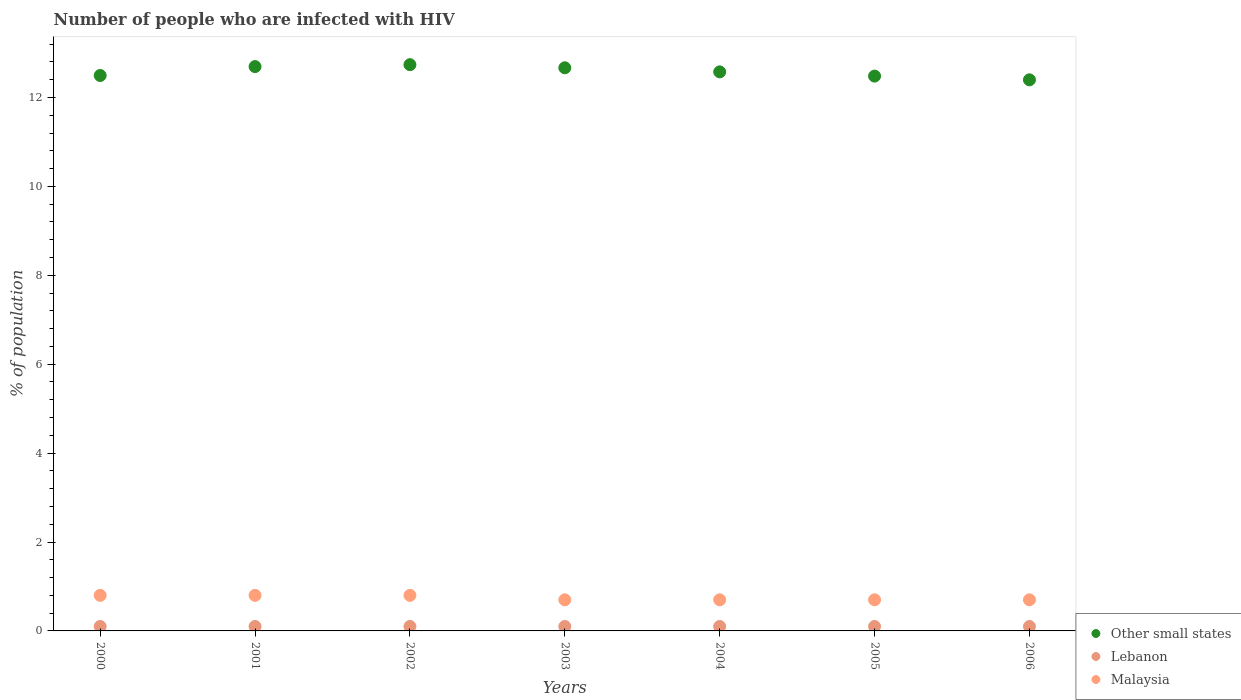
| Years | Other small states | Lebanon | Malaysia |
 | --- | --- | --- | --- |
 | 2000 | 12.5 | 0.1 | 0.8 |
 | 2001 | 12.7 | 0.1 | 0.8 |
 | 2002 | 12.7 | 0.1 | 0.8 |
 | 2003 | 12.7 | 0.1 | 0.7 |
 | 2004 | 12.6 | 0.1 | 0.7 |
 | 2005 | 12.5 | 0.1 | 0.7 |
 | 2006 | 12.4 | 0.1 | 0.7 |